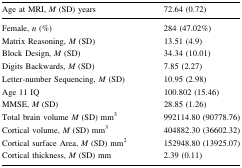
<table><thead><tr><td><b>Age at MRI, <i>M</i> (SD) years</b></td><td><b>72.64 (0.72)</b></td></tr></thead><tbody><tr><td>Female, <i>n</i> (%)</td><td>284 (47.02%)</td></tr><tr><td>Matrix Reasoning, <i>M</i> (SD)</td><td>13.51 (4.9)</td></tr><tr><td>Block Design, <i>M</i> (SD)</td><td>34.34 (10.01)</td></tr><tr><td>Digits Backwards, <i>M</i> (SD)</td><td>7.85 (2.27)</td></tr><tr><td>Letter-number Sequencing, <i>M</i> (SD)</td><td>10.95 (2.98)</td></tr><tr><td>Age 11 IQ</td><td>100.802 (15.46)</td></tr><tr><td>MMSE, <i>M</i> (SD)</td><td>28.85 (1.26)</td></tr><tr><td>Total brain volume <i>M</i> (SD) mm<sup>3</sup></td><td>992114.80 (90778.76)</td></tr><tr><td>Cortical volume, <i>M</i> (SD) mm<sup>3</sup></td><td>404882.30 (36602.32)</td></tr><tr><td>Cortical surface Area, <i>M</i> (SD) mm<sup>2</sup></td><td>152948.80 (13925.07)</td></tr><tr><td>Cortical thickness, <i>M</i> (SD) mm</td><td>2.39 (0.11)</td></tr></tbody></table>